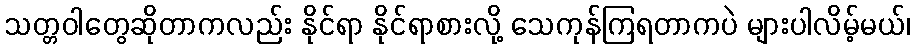
သတ္တဝါတွေဆိုတာကလည်း နိုင်ရာ နိုင်ရာစားလို့ သေကုန်ကြရတာကပဲ များပါလိမ့်မယ်၊